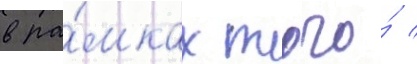
в ра́мках того́ /